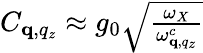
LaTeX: \begin{array}{r}{C_{\mathbf q,q_{z}}\approx g_{0}\sqrt{\frac{\omega_{X}}{\omega_{\mathbf q,q_{z}}^{c}}}}\end{array}